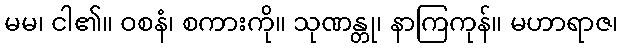
မမ၊ ငါ၏။ ဝစနံ၊ စကားကို။ သုဏန္တု၊ နာကြကုန်။ မဟာရာဇ၊